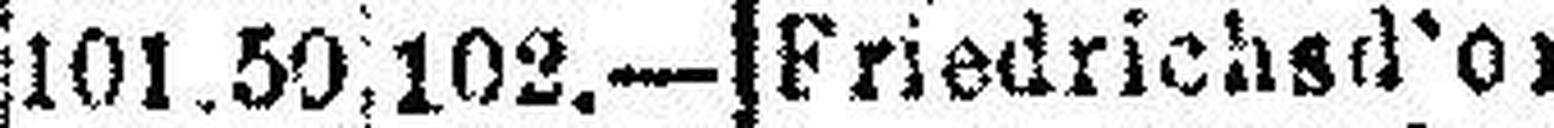
Friedrichsd'or